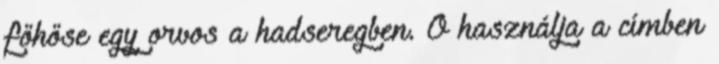
főhőse egy orvos a hadseregben. Ő használja a címben